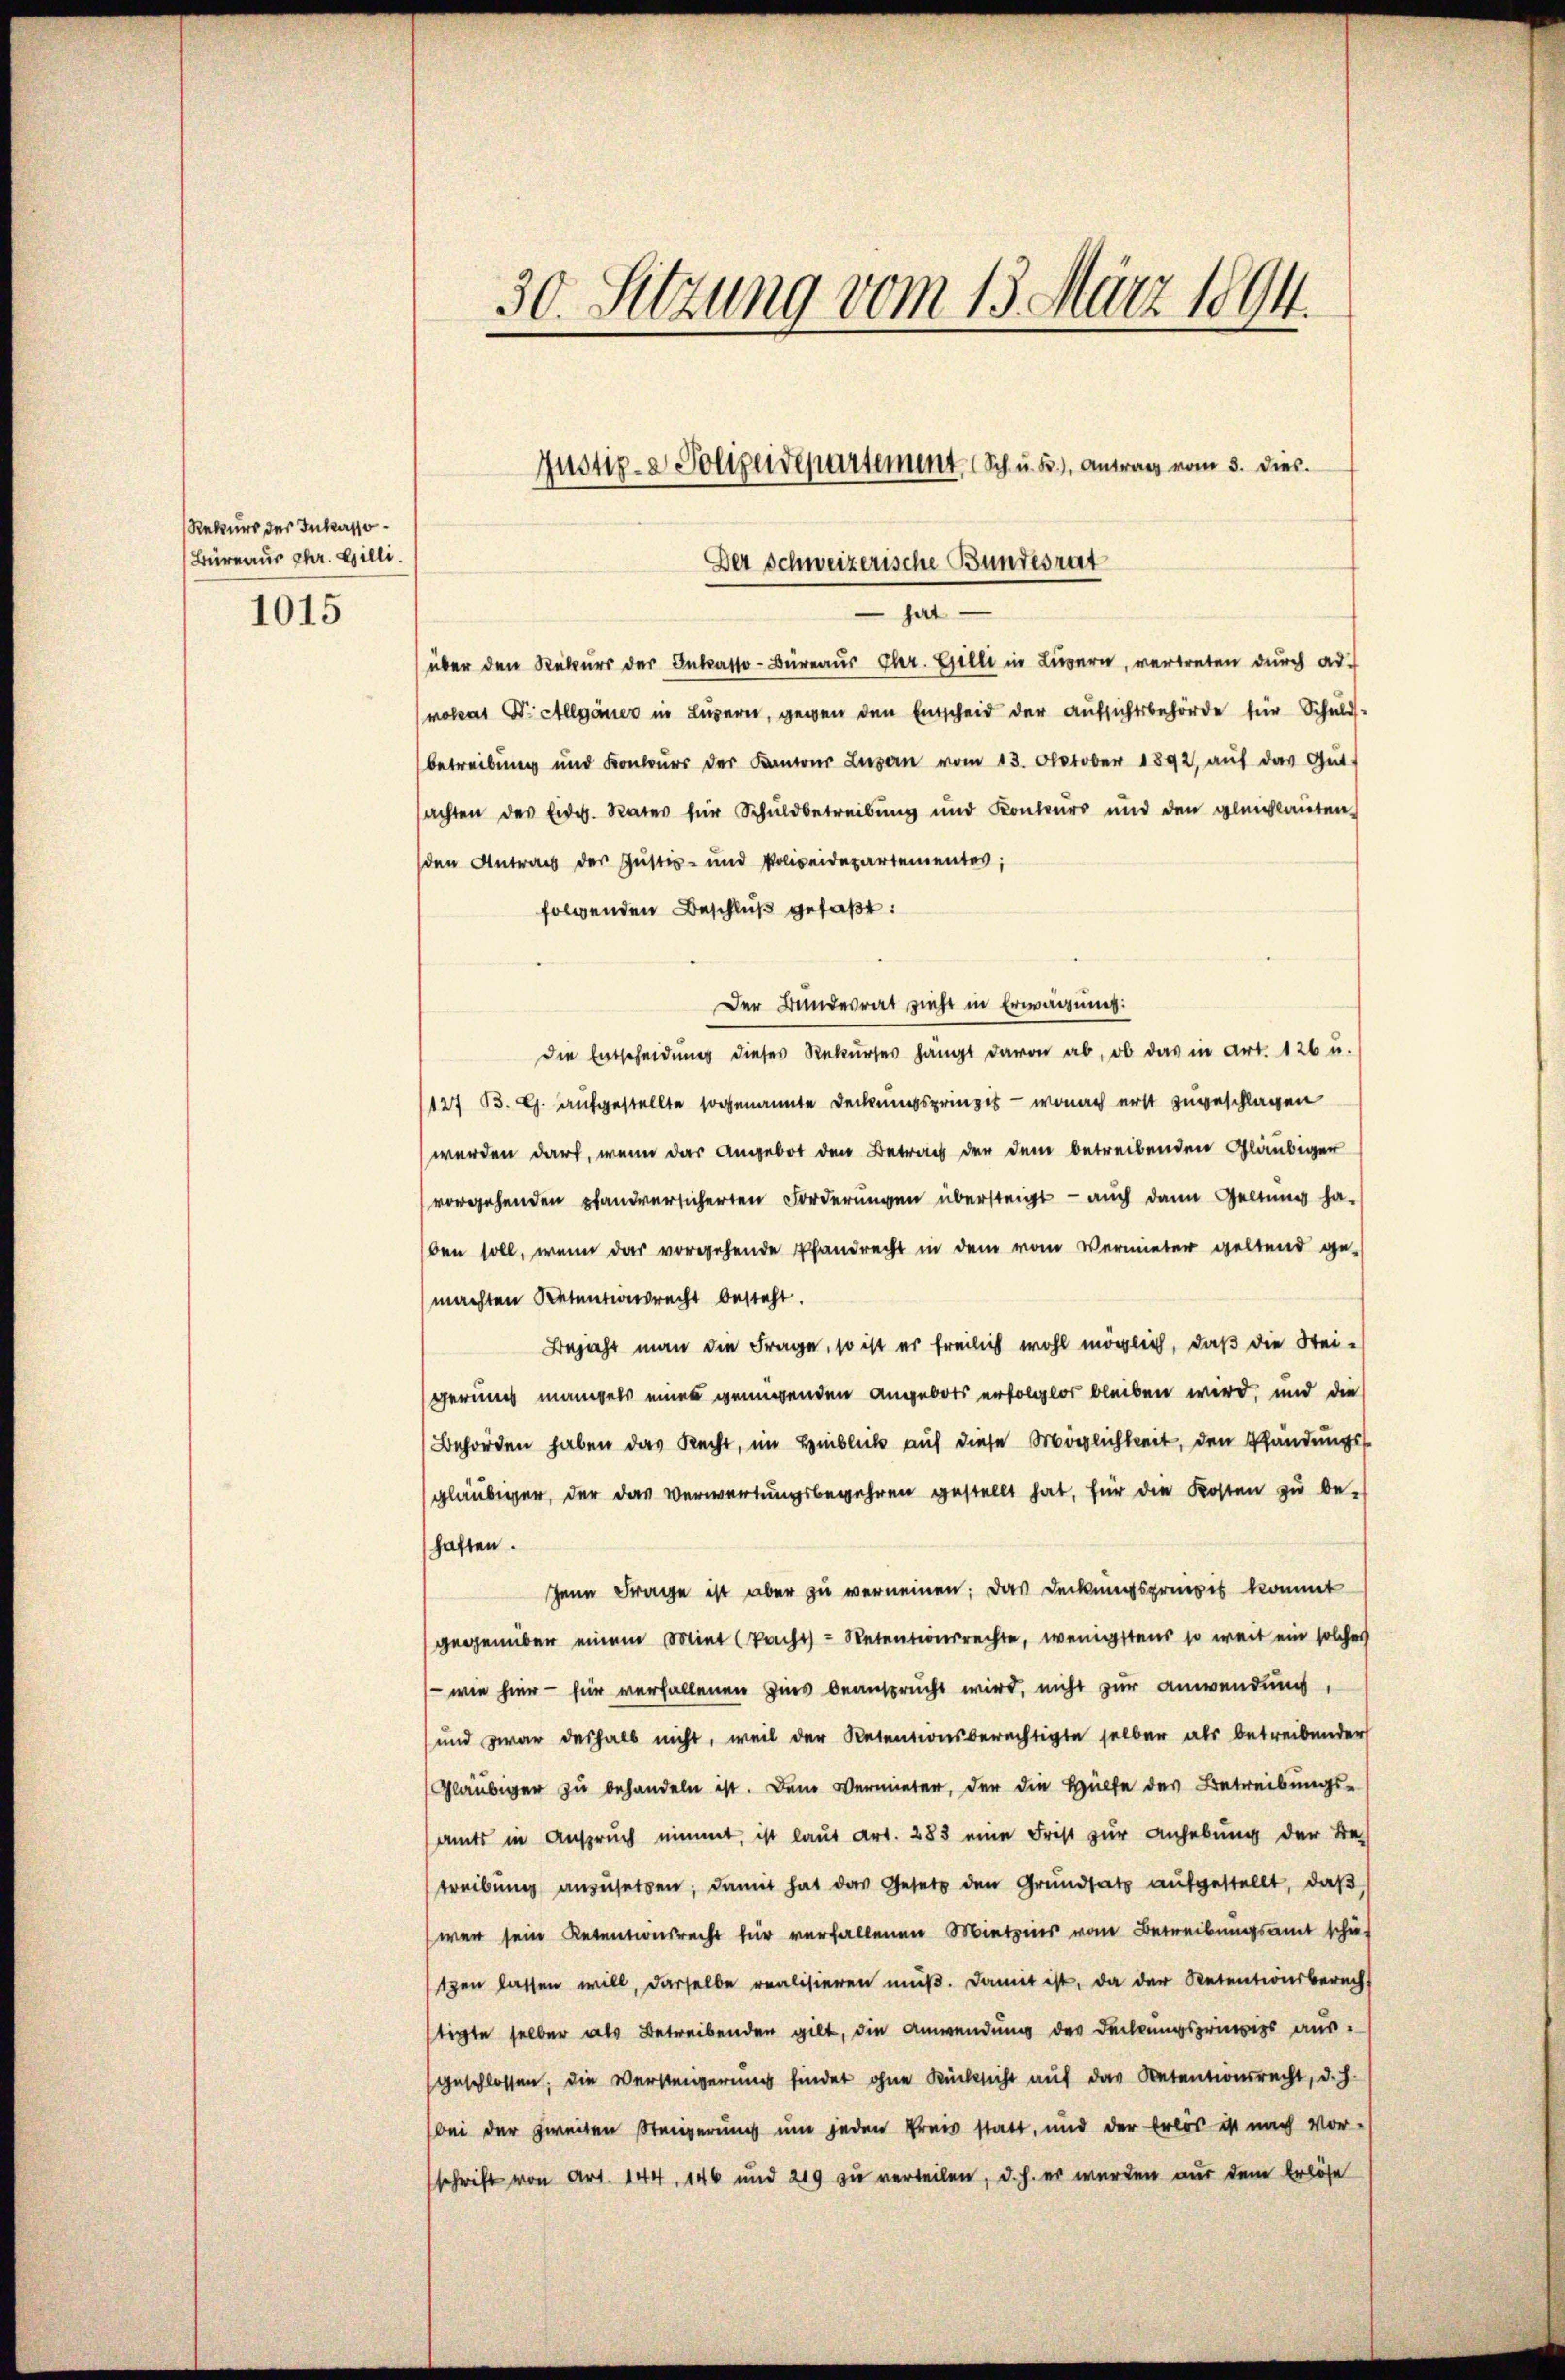
Rekurs des Inkasso¬
Büreaus Chr. Gilli
1015

30. Sitzung vom 13. März 1894.

Der Schweizerische Bundesrat
hat
über den Rekurs der Inkasso-Büreaus Eher. Gilli in Luzern, vertreten durch ad-
mokrat Dr. Allgäuer in Luzern, gegen den Entscheid der Aufsichtsbehörde für Schuld-
betreibung und Konkŭrs der Kantons Lusen vom 13. October 1892 aŭf das Gŭt-
achten des Eidg. Rates für Schuldbetreibung und Konteurs und den gleichlauten
den Antrag der Justiz- und Polizeidepartementes;
folgenden Beschluß gefaßt:
Der Bundesrat zieht in Erwägung:
die Entscheidung dieses Rekurses hangt davon ab, ob das in Art. 126 u.
127 B. G. aufgestellte sogenannte Deckungsprinzis - wonach erst zugeschlagen
werden darf, wenn das Angebot den Betrag der dem betreibenden Gläubiger
vorgehenden pfandversicherten Forderungen übersteigt — auch dann Geltung ha-
ben soll, wenn das vorgehende Pfandrecht in dem vom Vermieter geltend ge-
machten Retentionsrecht besteht.
Bejaht man die Frage, so ist er freilich wohl möglich, daß die Steigerung mangels eines genügenden angebots erfolglos bleiben wird, und die
Behörden haben das Recht, im Hinblick auf diese Möglichkeit, den Pfändungsgläubiger, der das Verwertungsbegehren gestellt hat, für die Kosten zu be-
haften.
Jene Frage ist aber zu verneinen: Das Deckungsprünsis kommt
gegenüber einem Miet (Pacht - Retentionsrechte, wenigstens so weit ein solcher
- wie hier - für verfallenen Eins beansprucht wird, nicht zur Anwendung,
und zwar deshalb nicht, weil der Retentionsberechtigte selber als betreibender
Gläubiger zu behandeln ist. Dem Vermieter, der die Hülfe des Betreibungs-
amts in Anspruch nimmt, ist laut Art. 283 eine Frist zur Anhebung der Be-
treibŭng anzŭsetzen, damit hat das Gesetz den Grundsatz aufgestellt, daß
war sein Retentionsrecht für verfallenen Mietzins vom Betreibungsamt schie-
tzen lassen will, dasselbe realisieren muß. Damit ist, da der Retentionsberecht
stigte selber als Betreibenden gilt, die Anwendung der Deckungsprinzigs ausgeschlossen; die Versteigerung findet ohne Rücksicht auf das Retentionsrecht, d. h.
bei der zweiten Steigerung um jeden Preis statt, und der Erlös ist nach Vor-
schrift von Art. 144. 146 und 219 zu verteilen, d.h. er wurden aus dem Erlöse

Justiz- & Polizeidepartement. (Sch. u. B.), Antrag vom 3. dies